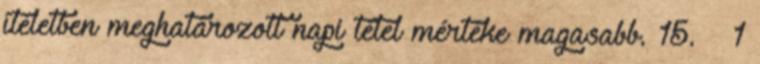
ítéletben meghatározott napi tétel mértéke magasabb. 15. § 1